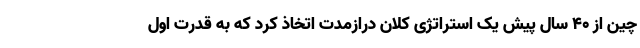
چین از ۴۰ سال پیش یک استراتژی کلان درازمدت اتخاذ کرد که به قدرت اول